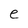
Character: e